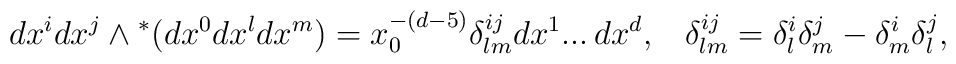
dx^i dx^j \wedge {}^*(dx^0 dx^l dx^m) = x_0^{-(d-5)}\delta^{ij}_{lm}dx^1 ... \,dx^d,\;\;\;\delta^{ij}_{lm} = \delta^i_l \delta^j_m - \delta^i_m \delta^j_l,